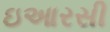
ઇઆરસી